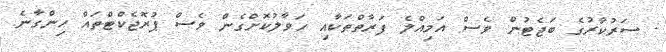
- ސަރުކާރުގެ ބަޖެޓުން ވެސް އަމިއްލެ ފަރާތްތަކާއި ހަވާލުކޮށްގެން ވެސް ޕުރޮޖެކްޓްތައް ހިންގާނެ.